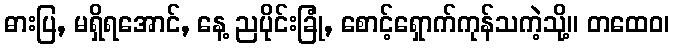
ဓားပြ, မရှိရအောင်, နေ့ ညပိုင်းခြုံ, စောင့်ရှောက်ကုန်သကဲ့သို့။ တထေဝ၊